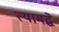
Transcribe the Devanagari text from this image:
त्यामद्धे